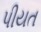
પીયત